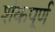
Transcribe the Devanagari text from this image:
शंकपूर्ण